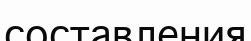
составления